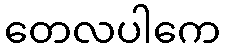
တေလပါကေ